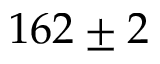
1 6 2 \pm 2